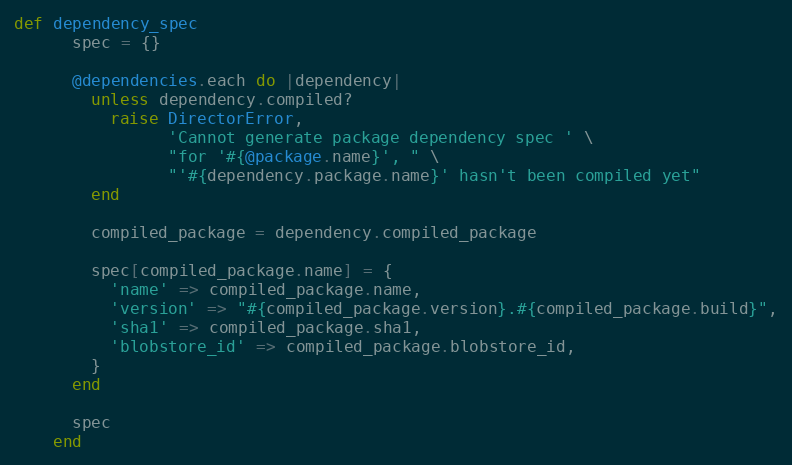
Language: Ruby
def dependency_spec
      spec = {}

      @dependencies.each do |dependency|
        unless dependency.compiled?
          raise DirectorError,
                'Cannot generate package dependency spec ' \
                "for '#{@package.name}', " \
                "'#{dependency.package.name}' hasn't been compiled yet"
        end

        compiled_package = dependency.compiled_package

        spec[compiled_package.name] = {
          'name' => compiled_package.name,
          'version' => "#{compiled_package.version}.#{compiled_package.build}",
          'sha1' => compiled_package.sha1,
          'blobstore_id' => compiled_package.blobstore_id,
        }
      end

      spec
    end